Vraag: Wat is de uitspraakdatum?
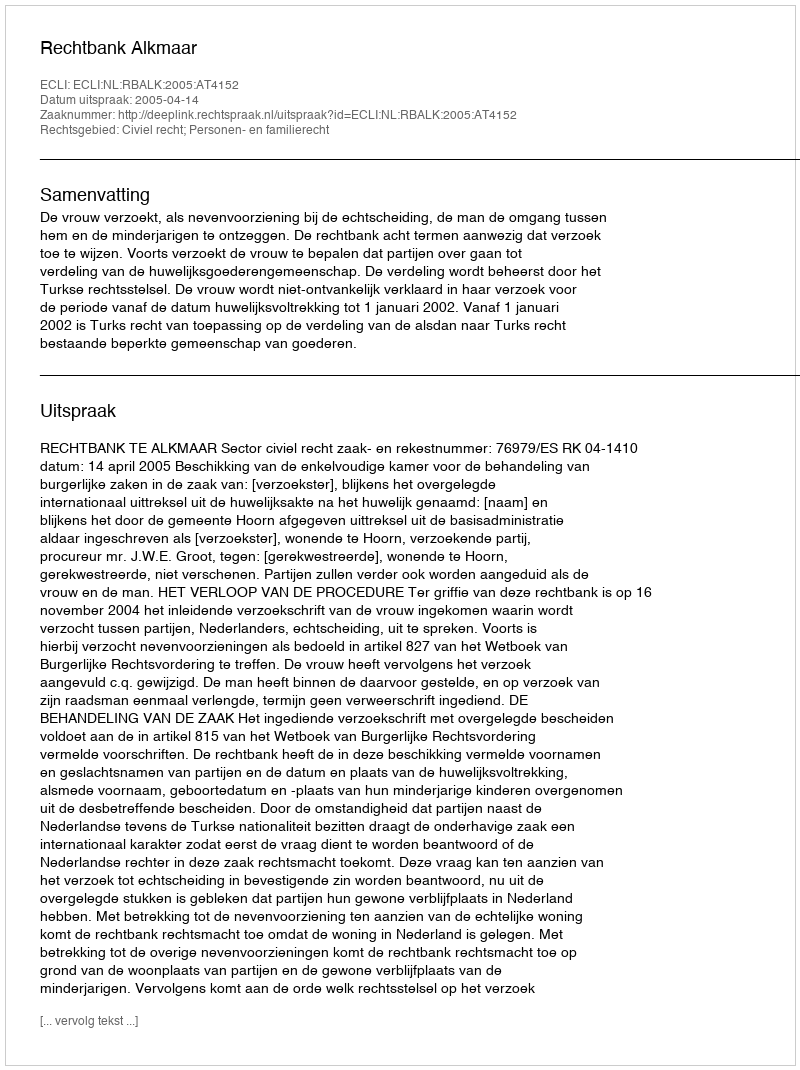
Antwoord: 2005-04-14